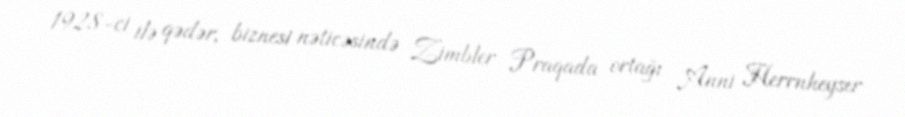
1928-ci ilə qədər, biznesi nəticəsində Zimbler Praqada ortağı Anni Herrnheyser